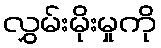
လွှမ်းမိုးမှုကို